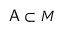
\mathsf { A } \subset M